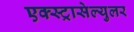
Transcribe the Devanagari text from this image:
एक्स्ट्रासेल्युलर